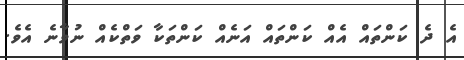
އެ ދެ ކަންތައް އެއް ކަންތައް އަނެއް ކަންތަކާ ވަތްކެއް ނުވާނެ އެވެ.